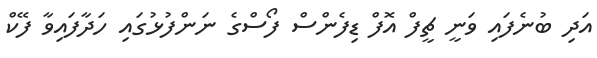
އަދި ބުނެފައި ވަނީ ޗީފް އޮފް ޑިފެންސް ފޯސްގެ ނަންފުޅުގައި ހަދާފައިވާ ފޭކް